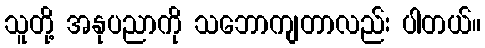
သူတို့ အနုပညာကို သဘောကျတာလည်း ပါတယ်။